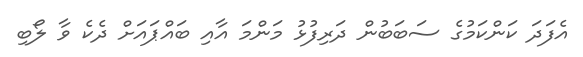
އެފަދަ ކަންކަމުގެ ސަބަބުން ދަރިފުޅު މަންމަ އާއި ބައްޕައަށް ދެކެ ވާ ލޯބި